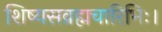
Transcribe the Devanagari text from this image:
शिष्यसव्रह्मचारिभिः।